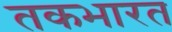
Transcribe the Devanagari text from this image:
तकभारत